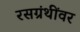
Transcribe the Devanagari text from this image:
रसग्रंथींवर